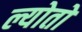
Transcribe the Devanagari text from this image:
ल्योतो